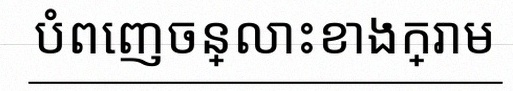
បំពេញចន្លោះខាងក្រោម